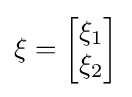
\xi =\left[{\begin{matrix}\xi _{1}\\\xi _{2}\end{matrix}}\right]